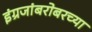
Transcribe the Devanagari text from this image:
इंग्रजांबरोबरच्या